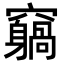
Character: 𥨵